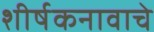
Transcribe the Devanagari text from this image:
शीर्षकनावाचे